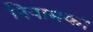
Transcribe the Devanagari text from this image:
नियामक।